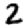
Digit: 2